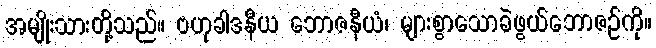
အမျိုးသားတို့သည်။ ဗဟုခါဒနီယ ဘောဇနီယံ၊ များစွာသောခဲဖွယ်ဘောဇဉ်ကို။